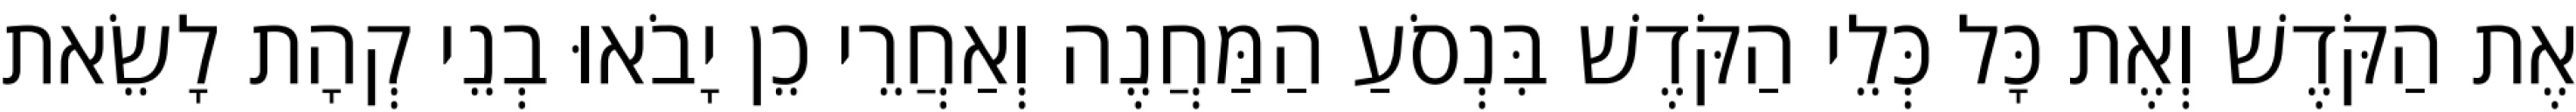
אֶת הַקֹּדֶשׁ וְאֶת כָּל כְּלֵי הַקֹּדֶשׁ בִּנְסֹעַ הַמַּחֲנֶה וְאַחֲרֵי כֵן יָבֹאוּ בְנֵי קְהָת לָשֵׂאת